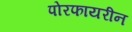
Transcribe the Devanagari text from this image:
पोरफायरीन